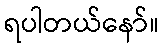
ရပါတယ်နော်။